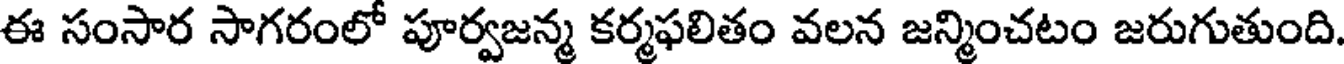
ఈ సంసార సాగరంలో పూర్వజన్మ కర్మఫలితం వలన జన్మించటం జరుగుతుంది.